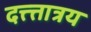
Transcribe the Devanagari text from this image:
दत्त्त्तात्रय